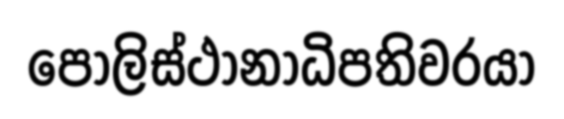
පොලිස්ථානාධිපතිවරයා